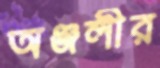
অঞ্জলীর